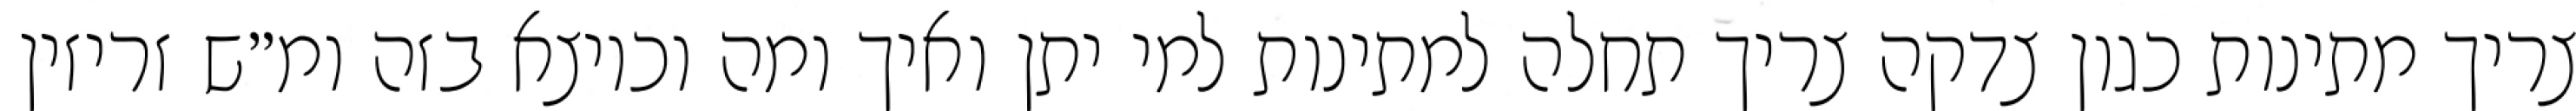
צריך מתינות כגון צדקה צריך תחלה למתינות למי יתן ואיך ומה וכיוצא בזה ומ״ש זריזין